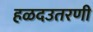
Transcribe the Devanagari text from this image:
हळदउतरणी